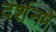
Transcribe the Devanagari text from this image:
दर्शनमे